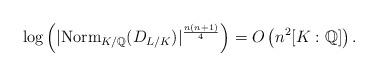
LaTeX: \begin{align*} \log \left( | \mathrm{Norm}_{K/\mathbb{Q}}(D_{L/K}) |^{\frac{n(n+1)}{4}} \right) = O \left(n^2 [K:\mathbb{Q}] \right).\end{align*}